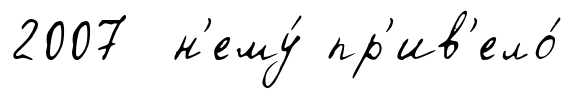
2007 н'ему́ пр'ив'ело́